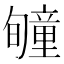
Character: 𥫂